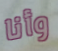
وأنا